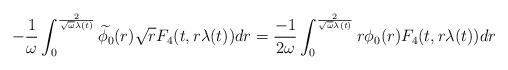
LaTeX: \begin{align*} -\frac{1}{\omega} \int_{0}^{\frac{2}{\sqrt{\omega}\lambda(t)}} \widetilde{\phi_{0}}(r) \sqrt{r}F_{4}(t,r\lambda(t)) dr = \frac{-1}{2\omega} \int_{0}^{\frac{2}{\sqrt{\omega} \lambda(t)}} r \phi_{0}(r) F_{4}(t,r\lambda(t)) dr\end{align*}